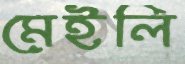
মেইলি